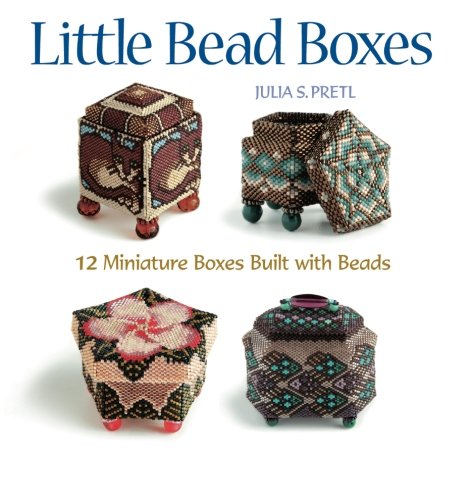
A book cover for Little Bead Boxes: 12 Miniature Containers Built with Beads; Julia S Pretl; Crafts, Hobbies & Home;